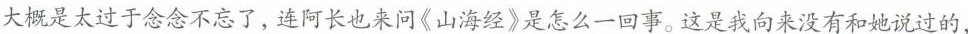
大概是太过于念念不忘了，连阿长也来问《山海经》是怎么一回事。这是我向来没有和她说过的，